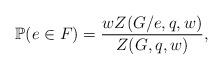
LaTeX: \begin{align*}\mathbb{P}(e\in F)=\frac{wZ(G/e,q,w)}{Z(G,q,w)},\end{align*}